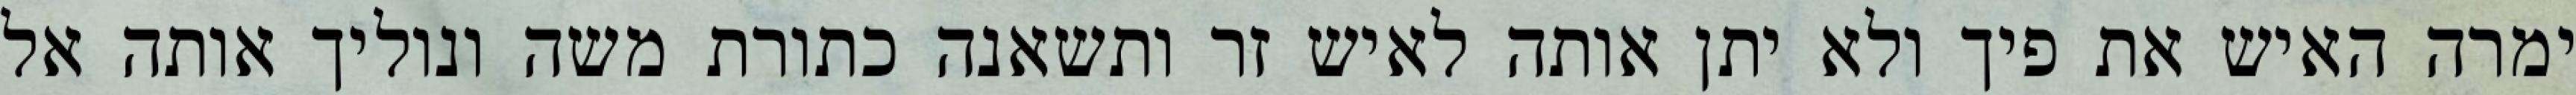
ימרה האיש את פיך ולא יתן אותה לאיש זר ותשאנה כתורת משה ונוליך אותה אל